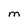
Character: M